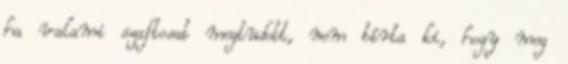
ha valami szaftosat megtudott, nem bírta ki, hogy meg